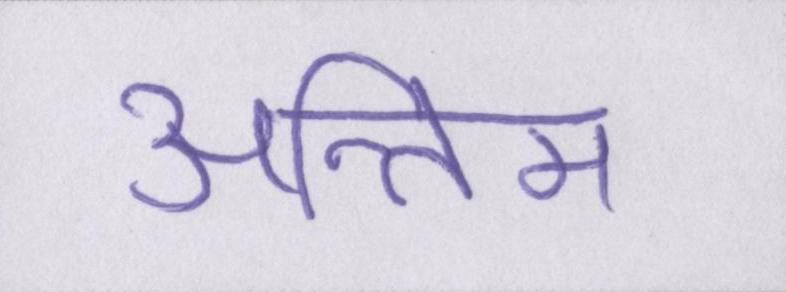
अन्तिम